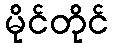
မိုင်တိုင်